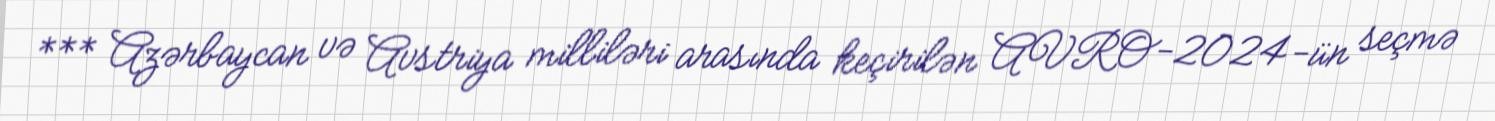
*** Azərbaycan və Avstriya milliləri arasında keçirilən AVRO-2024-ün seçmə